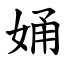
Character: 㛚